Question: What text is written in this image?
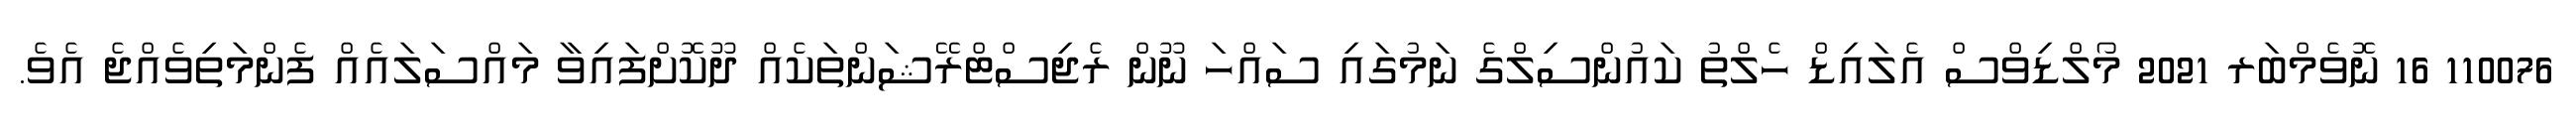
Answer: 110076 16 ނޮވެމްބަރ 2021 މޯލްޑިވްސް އެލައިޑް ހެލްތު ކައުންސިލްގެ ނަމުގައި ސައްހަ ނޫން ރެޖިސްޓްރޭޝަންތަކެއް ދޫކޮށްފައިވާ މައްސަލައެއް ފެންމަތިވެއްޖެ އެވެ.